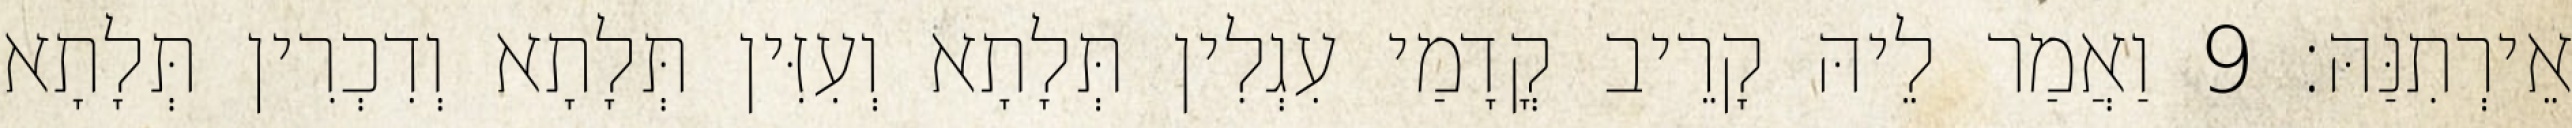
אֵירְתִנַּהּ׃ 9 וַאֲמַר לֵיהּ קָרֵיב קֳדָמַי עִגְלִין תְּלָתָא וְעִזִּין תְּלָתָא וְדִכְרִין תְּלָתָא